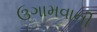
ઉગામવાની